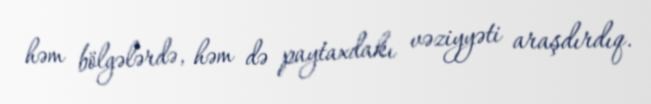
həm bölgələrdə, həm də paytaxdakı vəziyyəti araşdırdıq.